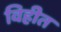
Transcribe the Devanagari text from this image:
विहीत